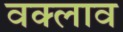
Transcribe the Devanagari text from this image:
वक्लाव